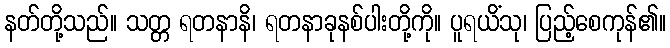
နတ်တို့သည်။ သတ္တ ရတနာနိ၊ ရတနာခုနစ်ပါးတို့ကို။ ပူရယိံသု၊ ပြည့်စေကုန်၏။